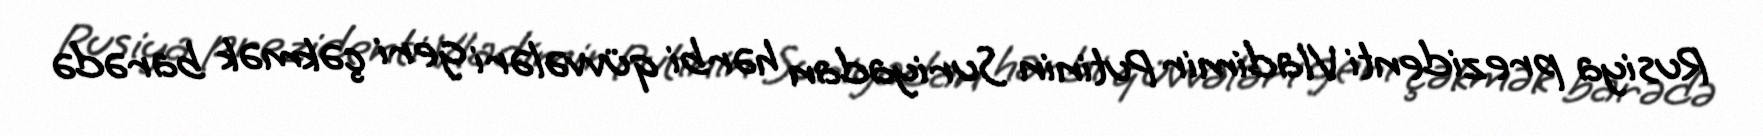
Rusiya prezidenti Vladimir Putinin Suriyadan hərbi qüvvələri geri çəkmək barədə